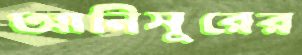
আনিসুরের